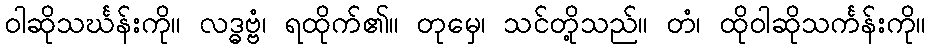
ဝါဆိုသင်္ဃန်းကို။ လဒ္ဓဗ္ဗံ၊ ရထိုက်၏။ တုမှေ၊ သင်တို့သည်။ တံ၊ ထိုဝါဆိုသင်္ကန်းကို။